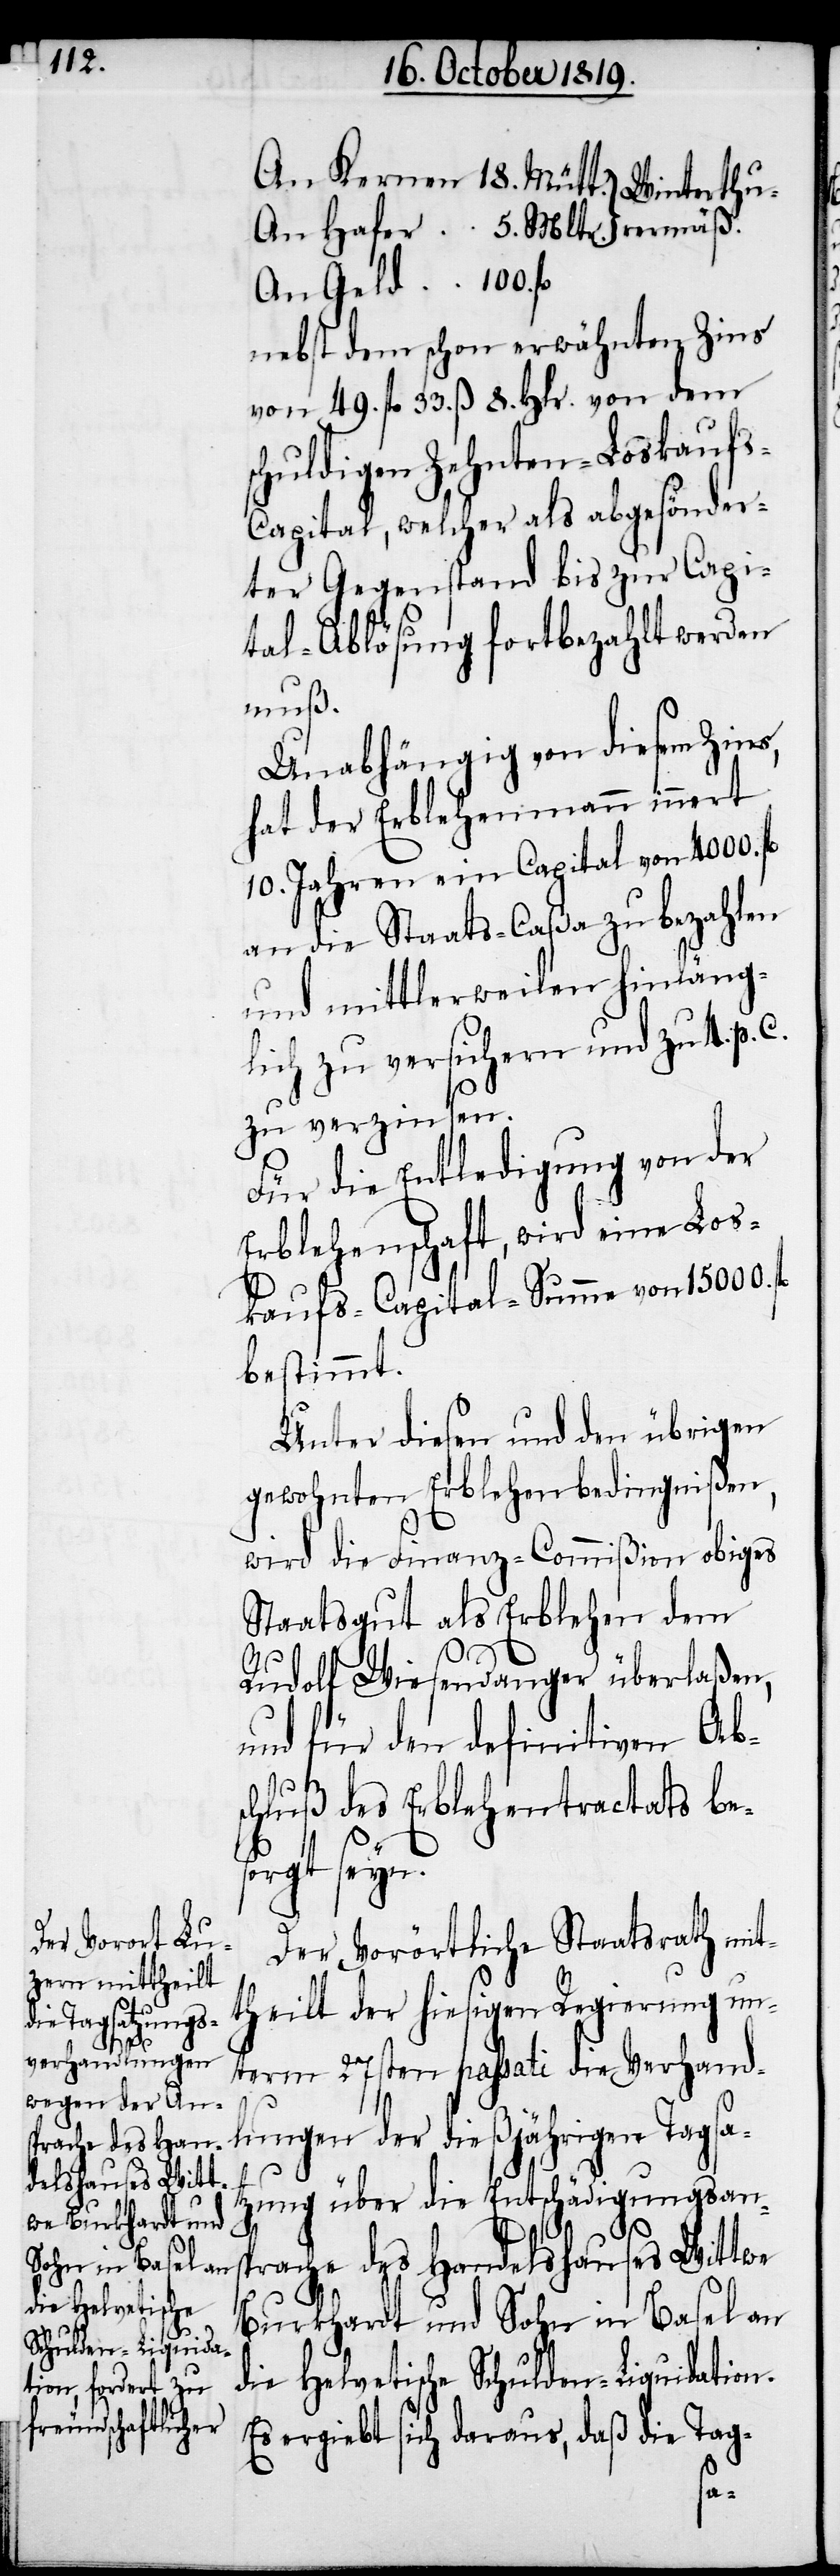
18.

Mltr.

nebst dem schon erwähnten Zins
von 49. fl. 33. ß. 8. Hlr. von dem
schuldigen Zehnten-Loskauf¬
apital, welcher als abgesönder¬
ter Gegenstand bis zur Capi¬
tal-Ablösung fortbezahlt werden
muß.
Unabhängig von diesem Zins,
hat der Erblehenmann innert
10. Jahren ein Capital von 4000. fl.
an die Staats-Caßa zu bezahlen
und mittlerweilen hinläng¬
lich zu versichern und zu 4. p.
zu verzinsen.
Für die Entledigung von der
Erblehenschaft, wird eine Los¬
kaufs-Capital-Summe von 15000.
bestimmt.
Unter diesen und den übrigen
gewohnten Erblehenbedingnißen,
wird die Finanz-Commißion obiges
Staatsgut als Erblehen dem
Rudolf Wiesendanger überlaßen,
und für den definitiven Abs¬
chluß des Erblehentractats bes¬
orgt seyn.
Der Vorörtliche Staatsrath mit¬
theilt der hiesigen Regierung un¬
term 27sten passati die Verhand¬
lungen der dießjährigen Tagsa¬
tzung über die Entschädigungsans¬
fl.
prache des Handelshauses Wittwe
Burkhardt und Sohn in Basel an
die Helvetische Schulden-Liquidation.
Es ergiebt sich daraus, daß die Tag-